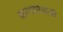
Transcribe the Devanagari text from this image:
कामकोधांची